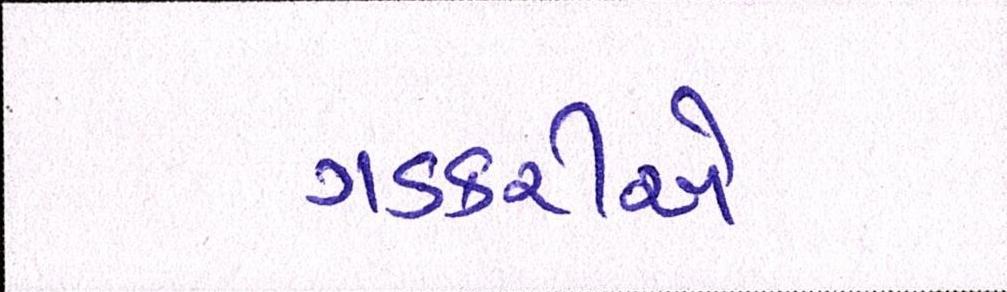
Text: ગડકરીએ